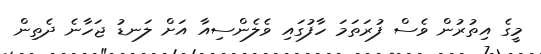
މީގެ އިތުރުން ވެސް ފުރަތަމަ ހާފުގައި ވެލެންސިއާ އަށް ލަނޑު ޖަހާނެ ދެތިން